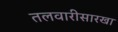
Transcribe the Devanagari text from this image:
तलवारीसारखा